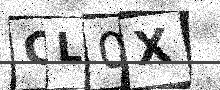
Text: CL0X